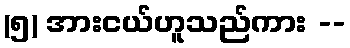
(၅) အားငယ်ဟူသည်ကား --